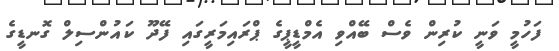
ފަހުމީ ވަނީ ކުރިން ވެސް ބޭއްވި އެމްޑީޕީގެ ޕްރައިމަރީގައި ފޭދޫ ކައުންސިލް ގޮނޑީގެ